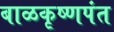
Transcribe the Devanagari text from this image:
बाळकृष्णपंत